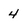
Character: 4